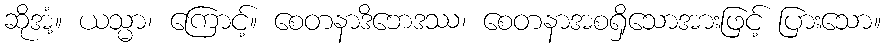
ဆိုအံ့။ ယသ္မာ၊ ကြောင့်။ စေတနာဒိဘေဒဿ၊ စေတနာအစရှိသောအားဖြင့် ပြားသော။